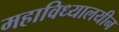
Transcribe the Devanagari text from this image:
महाविध्यालयीन